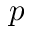
p